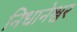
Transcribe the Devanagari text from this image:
निधानेश्वर